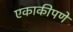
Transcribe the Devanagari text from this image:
एकाकीपणे